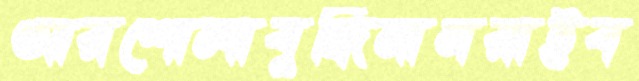
আরশোলাবুদ্ধিমানরাইব